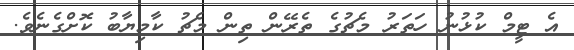
އެ ޓީމް ކުޅުނު ހަތަރު މެޗުގެ ތެރޭން ތިން މެޗު ކާމިޔާބު ކޮށްގެނެވެ.